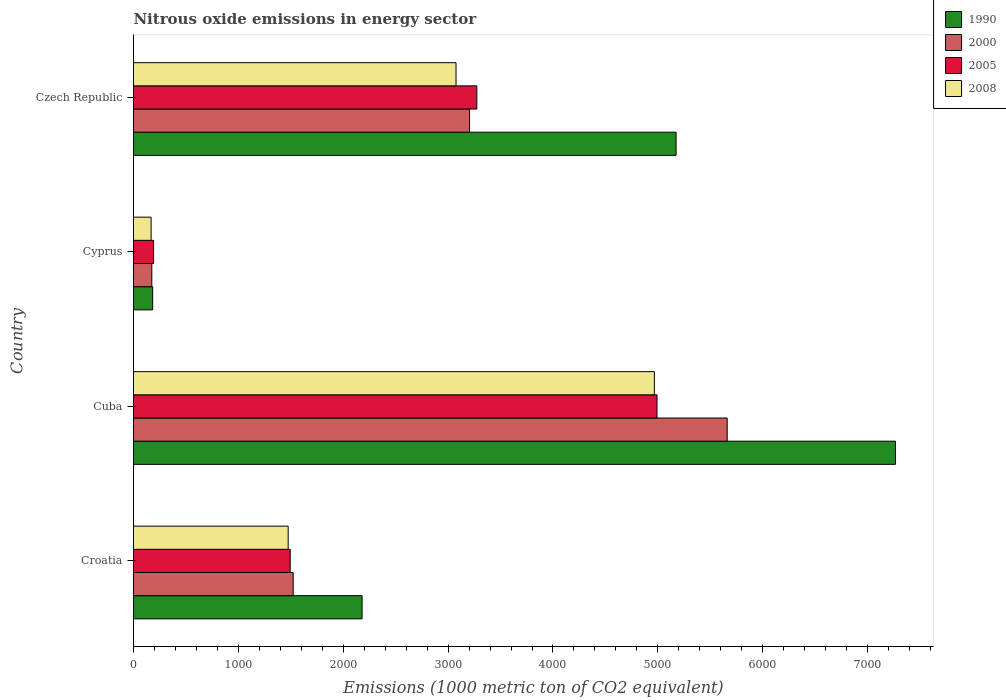
| Country | 1990 | 2000 | 2005 | 2008 |
 | --- | --- | --- | --- | --- |
 | Croatia | 2.18e+03 | 1.52e+03 | 1.49e+03 | 1.47e+03 |
 | Cuba | 7.27e+03 | 5.66e+03 | 4.99e+03 | 4.97e+03 |
 | Cyprus | 183 | 175 | 191 | 168 |
 | Czech Republic | 5.17e+03 | 3.2e+03 | 3.27e+03 | 3.08e+03 |